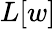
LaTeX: L[w]